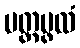
ပတ္တပ္ဖလံ